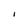
Character: l